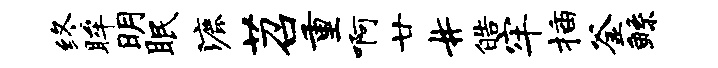
终眸明眠漉苕重啊廿#皓牢插釜鲧